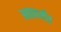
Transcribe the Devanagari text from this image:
आठपर्यंत